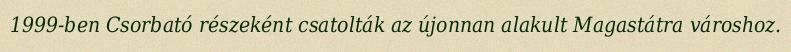
1999-ben Csorbató részeként csatolták az újonnan alakult Magastátra városhoz.